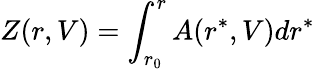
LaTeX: Z(r,V)=\displaystyle\int_{r_{0}}^{r}A(r^{*},V)dr^{*}